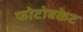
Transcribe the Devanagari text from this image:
फोटोबकेट